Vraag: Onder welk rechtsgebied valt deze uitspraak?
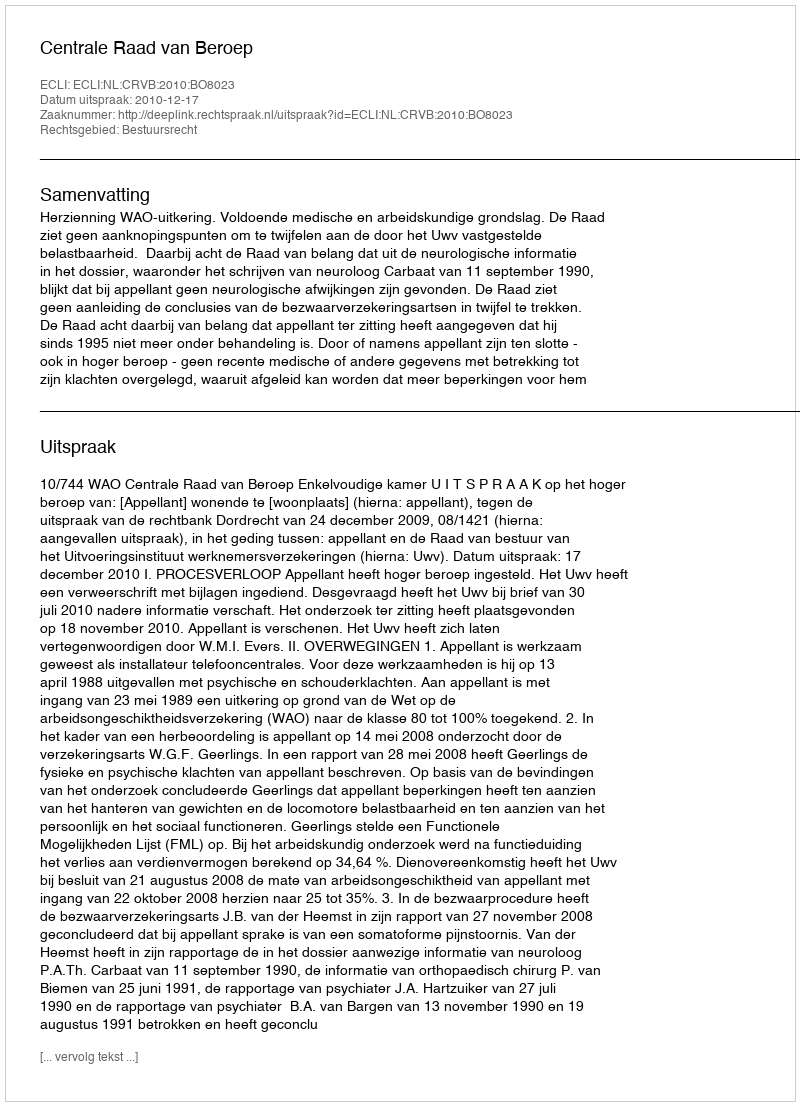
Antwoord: Bestuursrecht